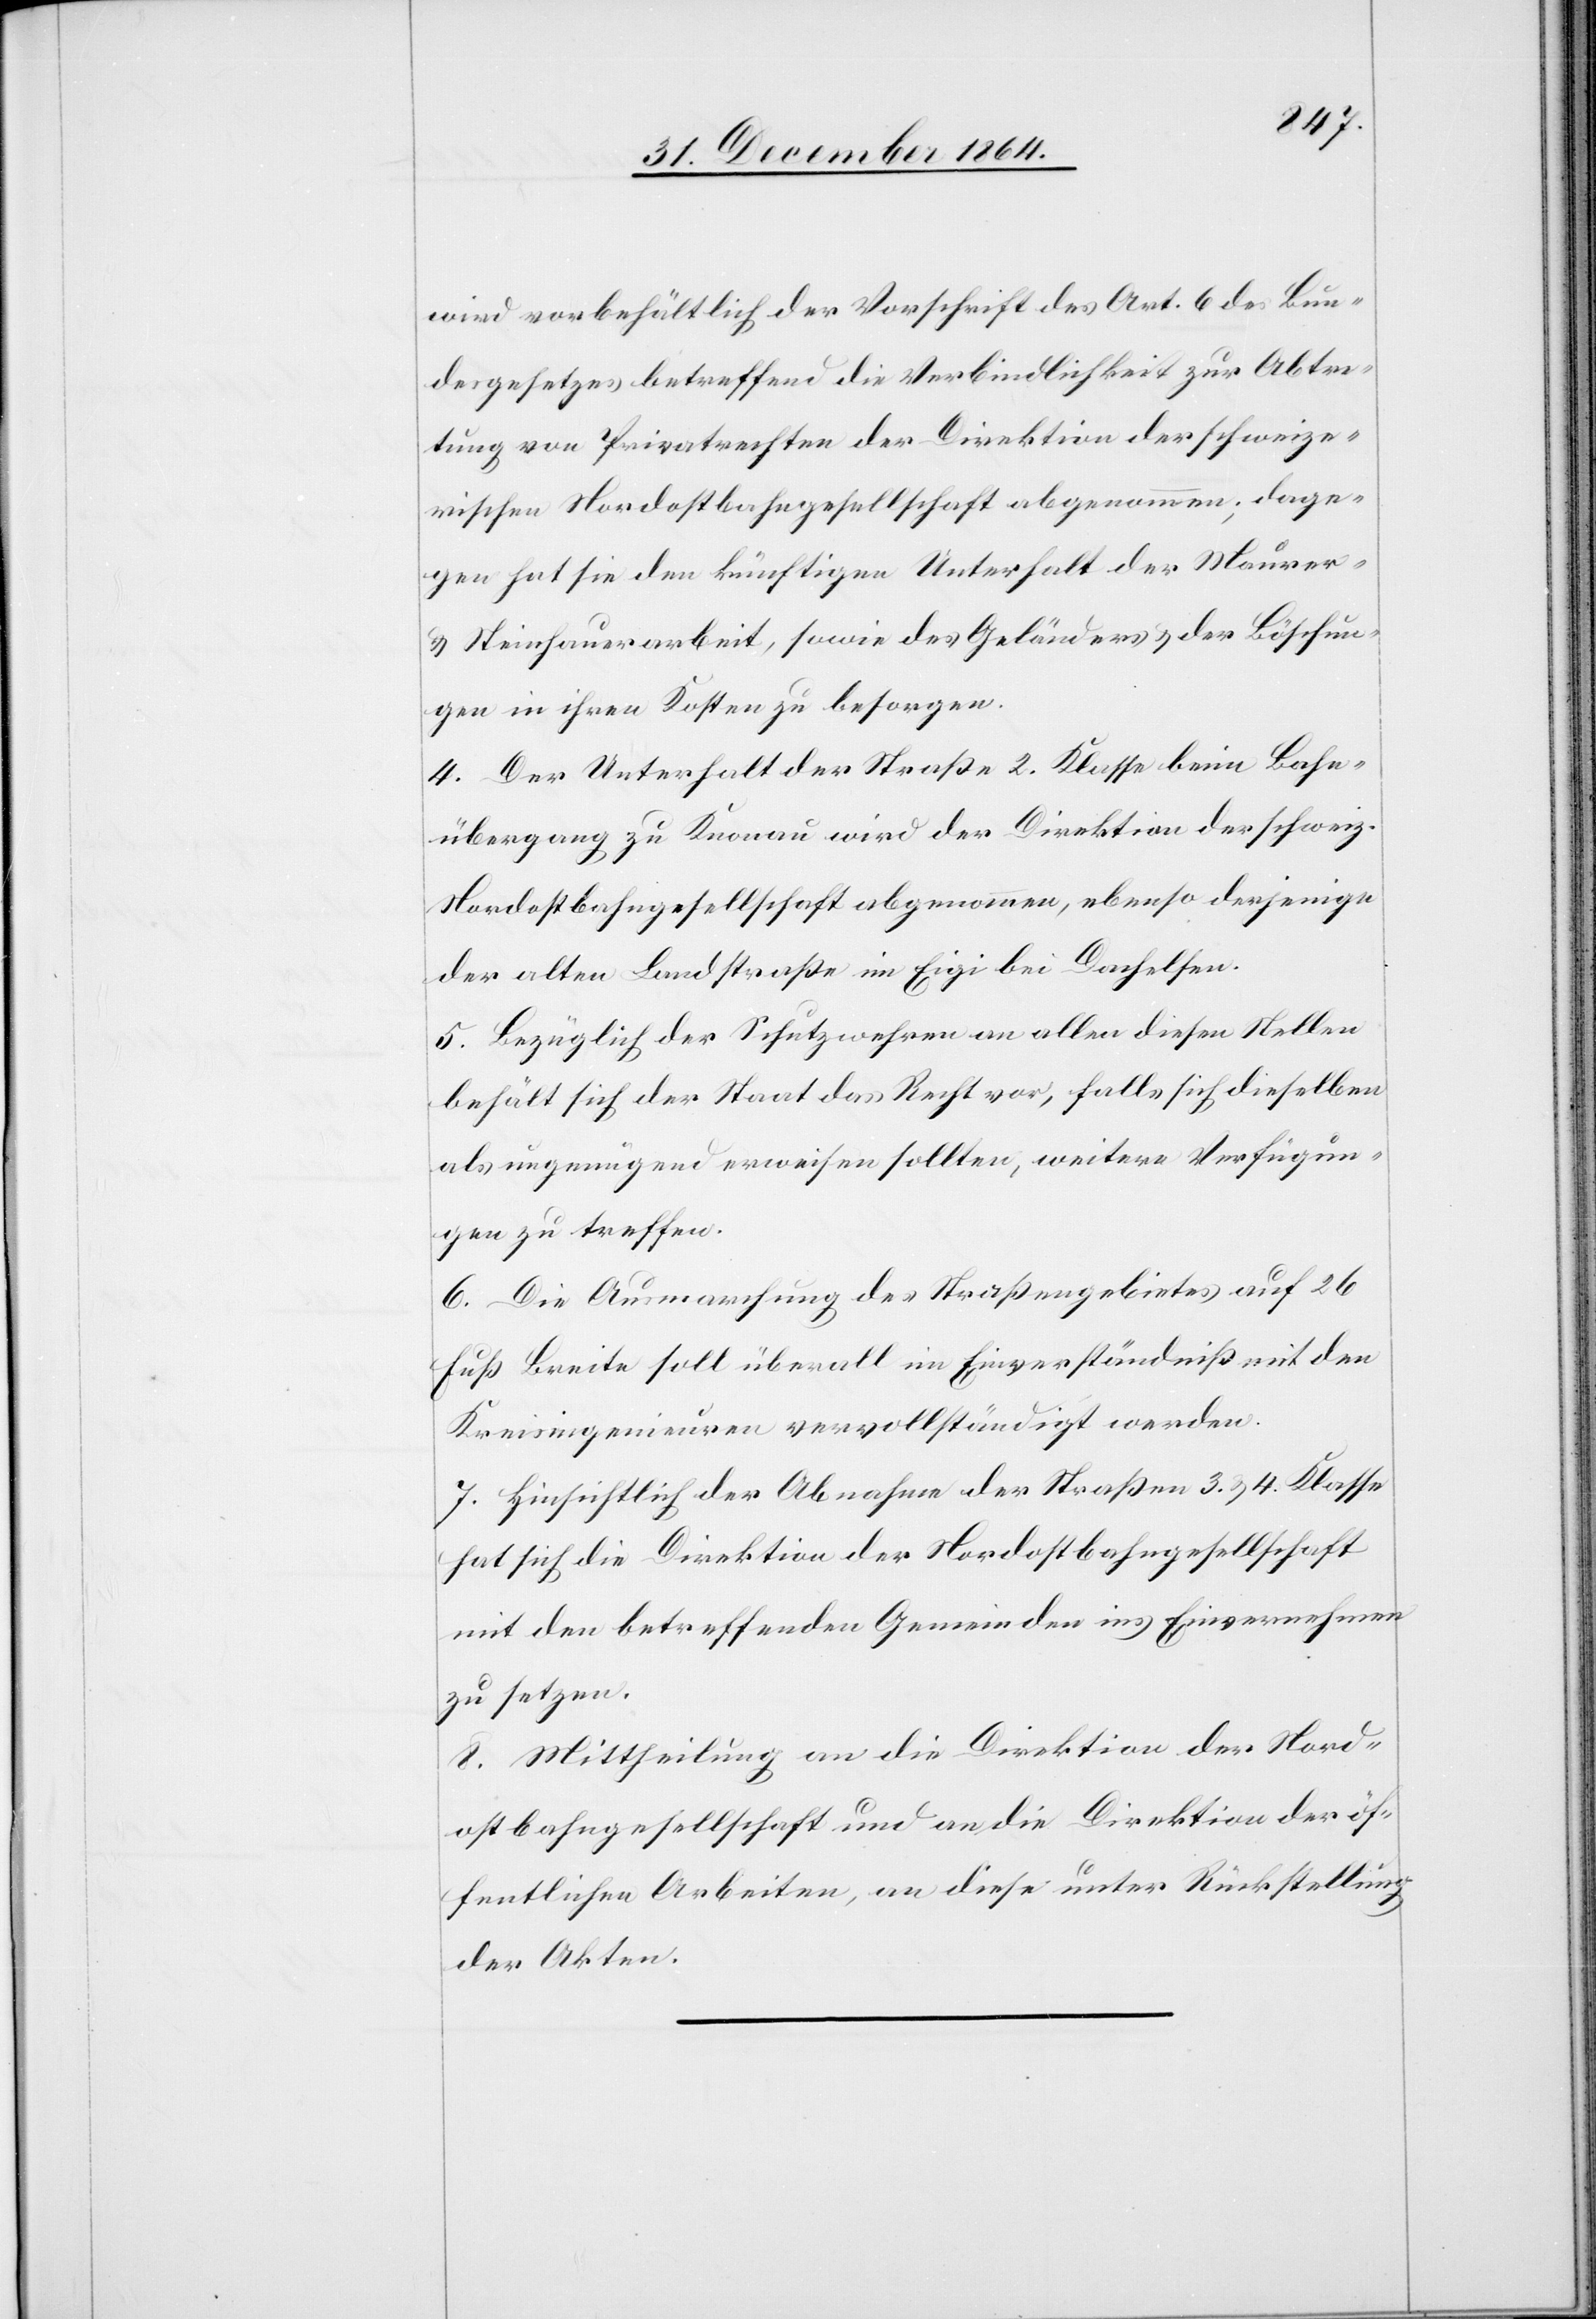
wird vorbehältlich der Vorschrift des Art. 6 des Bun¬
desgesetzes betreffend die Verbindlichkeit zur Abtre¬
tung von Privatrechten der Direktion der schweize¬
rischen Nordostbahngesellschaft abgenommen; dage¬
gen hat sie den künftigen Unterhalt der Maurer-
& Steinhauerarbeit, sowie des Geländers & der Böschun¬
gen in ihren Kosten zu besorgen.
4. Der Unterhalt der Straße 2. Klasse beim Bahn¬
übergang zu Knonau wird der Direktion der schweiz.
Nordostbahngesellschaft abgenommen, ebenso derjenige
der alten Landstraße in Eigi bei Dachelsen.
5. Bezüglich der Schutzwehren an allen diesen Stellen
behält sich der Staat das Recht vor, falls sich dieselben
als ungenügend erweisen sollten, weitere Verfügun¬
gen zu treffen.
6. Die Ausmarchung des Straßengebietes auf 26
Fuß Breite soll überall im Einverständniß mit den
Kreisingenieuren vervollständigt werden.
7. Hinsichtlich der Abnahme der Straßen 3. & 4. Klasse
hat sich die Direktion der Nordostbahngesellschaft
mit den betreffenden Gemeinden ins Einvernehmen
zu setzen.
8. Mittheilung an die Direktion der Nord¬
ostbahngesellschaft und an die Direktion der öf¬
fentlichen Arbeiten, an diese unter Rückstellung
der Akten.